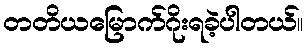
တတိယမြောက်ဂိုးရခဲ့ပါတယ်။